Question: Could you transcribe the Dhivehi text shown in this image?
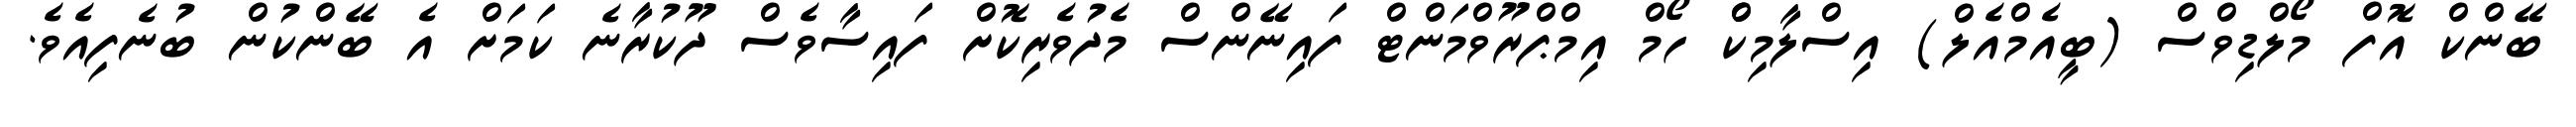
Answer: ބޭންކް އޮފް މޯލްޑިވްސް (ބީއެމްއެލް) އިސްލާމިކްް ހޯމް އިމްޕްރޫވްމަންޓް ފައިނޭންސް މެދުވެރިކޮށް ފައިސާވެސް ދޫކުރާނެ ކަމަށް އެ ބޭންކުން ބުނެފިއެވެ.